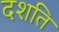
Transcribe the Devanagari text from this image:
दशति